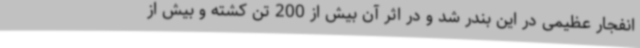
انفجار عظیمی در این بندر شد و در اثر آن بیش از 200 تن کشته و بیش از